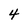
Character: 4